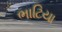
ભાટિયા